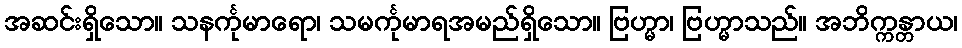
အဆင်းရှိသော။ သနင်္ကုမာရော၊ သမင်္ကုမာရအမည်ရှိသော။ ဗြဟ္မာ၊ ဗြဟ္မာသည်။ အဘိက္ကန္တာယ၊